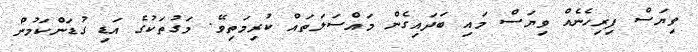
ވިޔަސް ފިރިހެނެއް ވިޔަސް މައި ބަދައިގެން މައްސަލަތައް ކުރިމަތިވޭ. މަގުތަކުގެ އަޑި ގުޑަންކަމުން